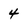
Character: 4